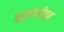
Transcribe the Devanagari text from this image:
कुदळवाडीतून